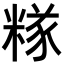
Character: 𥻖